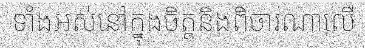
ទាំងអស់នៅក្នុងចិត្តនិងពិចារណាលើ